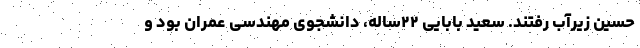
حسین زیرآب رفتند. سعید بابایی ۲۲ساله، دانشجوی مهندسی عمران بود و